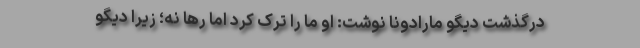
درگذشت دیگو مارادونا نوشت: او ما را ترک کرد اما رها نه؛ زیرا دیگو